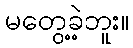
မတွေ့ခဲ့ဘူး။